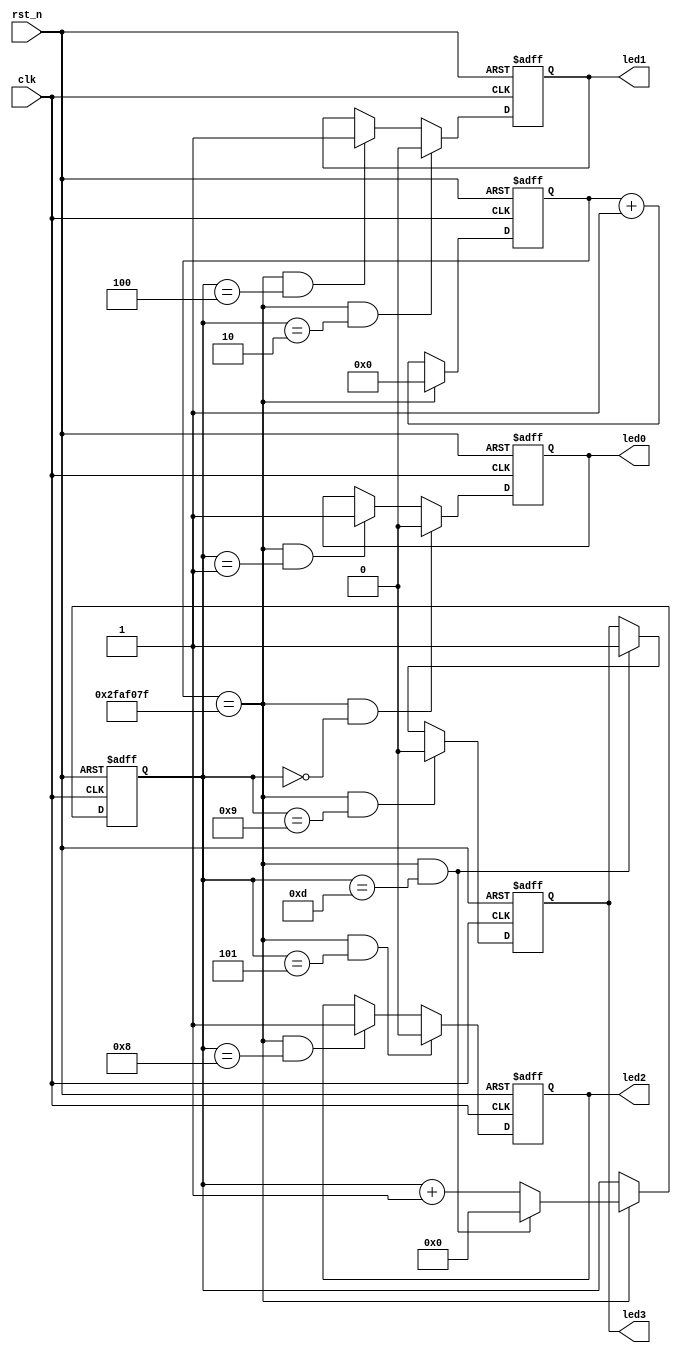
/*
	LED
		4LED
		LED111
		LED212
		LED313
		LED414
		....
*/


module my_led_4_flash(
					clk								,
					rst_n							,
	//
					led0							,
					led1							,
					led2							,
					led3							
);

//-----------------------------------//
input				clk								;
input				rst_n							;

//-----------------------------------//
output				led0								;
output				led1								;
output				led2								;
output				led3								;





//--cnt0
reg[25:0]							cnt0		;	//
wire								add_cnt0	;	//
wire								end_cnt0	;	//


//--cnt1
reg[3:0]							cnt1		;	//
wire								add_cnt1	;	//
wire								end_cnt1	;	//
reg									led0		;
reg									led1		;
reg									led2		;
reg									led3		;

/*

cnt0 :1
cnt1 :141
*/

//--cnt0
always @(posedge	clk	or	negedge	rst_n) begin
	if(!rst_n) begin
		cnt0	<=	0	;
	end
	else if(add_cnt0) begin
		if(end_cnt0)
			cnt0	<=	0	;
		else
			cnt0	<=	cnt0	+	1	;
	end
end
//--cnt0 1
assign	add_cnt0	=	1	;
//--cnt0 							
assign	end_cnt0	=	add_cnt0	&&	cnt0	==	50_000_000	-	1	;

//--cnt1
always @(posedge	clk	or	negedge	rst_n) begin
	if(!rst_n) begin
		cnt1	<=	0	;
	end
	else if(add_cnt1) begin
		if(end_cnt1)
			cnt1	<=	0	;
		else
			cnt1	<=	cnt1	+	1	;
	end
end
//--cnt1 1
assign	add_cnt1	=	end_cnt0	;
//--cnt1 							
assign	end_cnt1	=	add_cnt1	&&	cnt1	==	14	-	1	;

always @(posedge	clk	or	negedge	rst_n)	begin
	if(!rst_n)	begin
		led0 <=1;
	end
	else if(add_cnt1 && cnt1==1-1)begin
		led0	<=	0;
	end 
	else if(add_cnt1 && cnt1==2-1)begin
		led0	<=	1	;
	end 
end

always @(posedge	clk	or	negedge	rst_n)	begin
	if(!rst_n)	begin
		led1 <=1;
	end
	else if(add_cnt1 && cnt1==3-1)begin
		led1	<=	0;
	end 
	else if(add_cnt1 && cnt1==5-1)begin
		led1	<=	1	;
	end 
end
always @(posedge	clk	or	negedge	rst_n)	begin
	if(!rst_n)	begin
		led2 <=1;
	end
	else if(add_cnt1 && cnt1==6-1)begin
		led2	<=	0;
	end 
	else if(add_cnt1 && cnt1==9-1)begin
		led2	<=	1	;
	end 
end
always @(posedge	clk	or	negedge	rst_n)	begin
	if(!rst_n)	begin
		led3 <=1;
	end
	else if(add_cnt1 && cnt1==10-1)begin
		led3	<=	0;
	end 
	else if(add_cnt1 && cnt1==14-1)begin
		led3	<=	1	;
	end 
end
endmodule